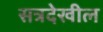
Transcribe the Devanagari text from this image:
सत्रदेखील